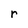
Character: r